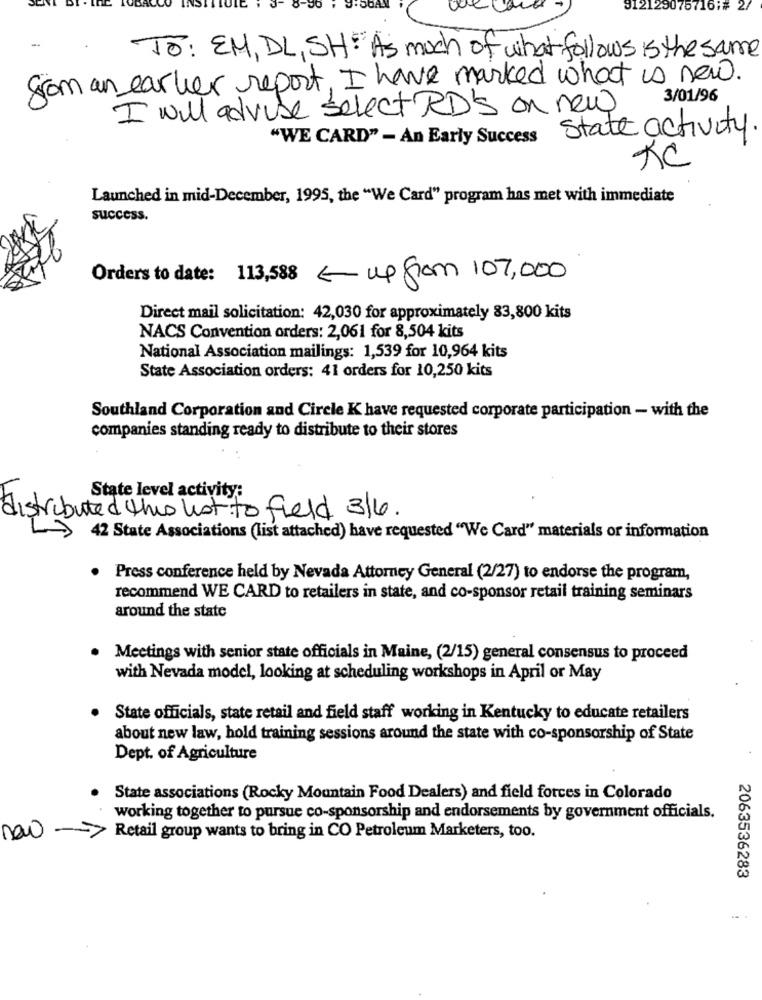
912129
TO: EM, DL, SH: As much of what follows is the same
from an earlier report, I have marked what is new.
3/01/96
I will advise select RD'S on new
"WE CARD" - An Early Success State activity
XC
Launched in mid-December, 1995, the "We Card" program has met with immediate
success.
Orders to date: 113,588 - up from 107,000
Direct mail solicitation: 42,030 for approximately 83,800 kits
NACS Convention orders: 2,061 for 8,504 kits
National Association mailings: 1,539 for 10,964 kits
State Association orders: 41 orders for 10,250 kits
Southland Corporation and Circle K have requested corporate participation - with the
companies standing ready to distribute to their stores
State level activity:
distributed this list to field 3/6.
42 State Associations (list attached) have requested "We Card" materials or information
. Press conference held by Nevada Attorney General (2/27) to endorse the program,
recommend WE CARD to retailers in state, and co-sponsor retail training seminars
around the state
. Meetings with senior state officials in Maine, (2/15) general consensus to proceed
with Nevada model, looking at scheduling workshops in April or May
· State officials, state retail and field staff working in Kentucky to educate retailers
about new law, hold training sessions around the state with co-sponsorship of State
Dept. of Agriculture
State associations (Rocky Mountain Food Dealers) and field forces in Colorado
working together to pursue co-sponsorship and endorsements by government officials.
não
>> Retail group wants to bring in CO Petroleum Marketers, too.
2063536283